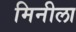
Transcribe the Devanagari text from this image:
मिनीला